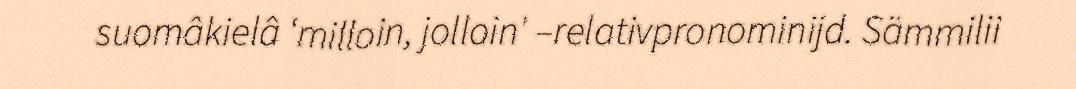
suomâkielâ ‘milloin, jolloin' –relativpronominijd. Sämmilii